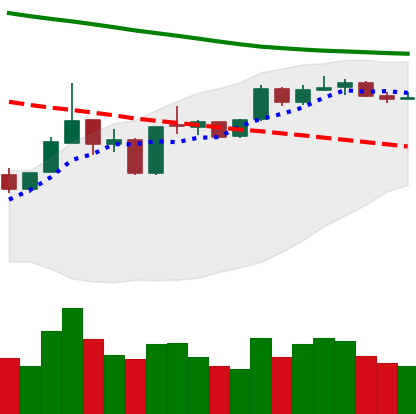
Ticker: ETH-USD
Chart end date: 2019-01-09
Forward return: -14.412%
Label: down_7plus